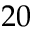
2 0